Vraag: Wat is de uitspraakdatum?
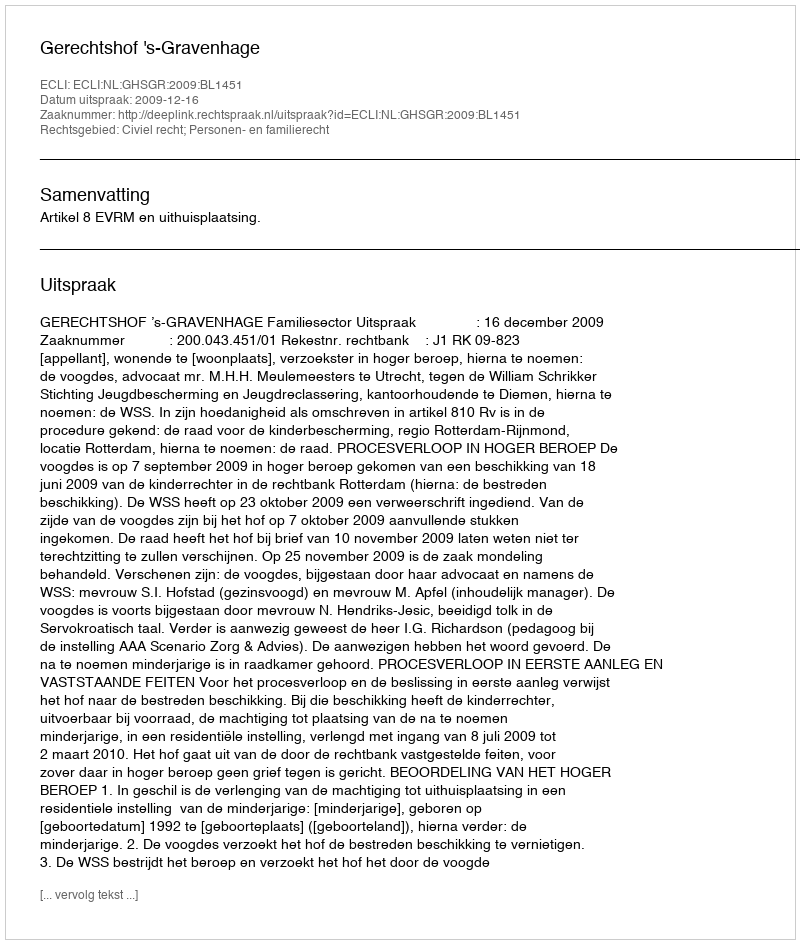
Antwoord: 2009-12-16